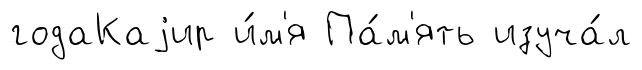
годаКаjир и́м'я Па́м'ять изуча́л